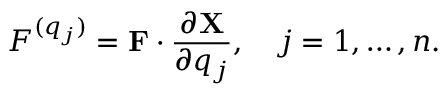
{ \cal F } ^ { ( q _ { j } ) } = { \bf F } \cdot \frac { \partial { \bf X } } { \partial q _ { j } } , \quad j = 1 , \dots , n .